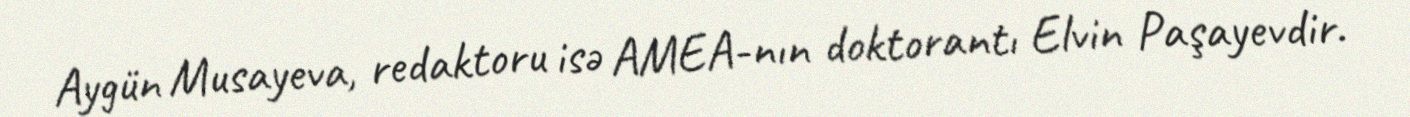
Aygün Musayeva, redaktoru isə AMEA-nın doktorantı Elvin Paşayevdir.